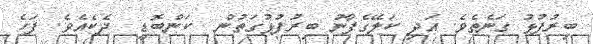
ބިރުފުޅު ގަނެތެވެ. އަދި ކަލޭގެފާނު ބިރުފުޅުގަތުން  ކަންބޮޑީ  ދެކެއެވެ. ފަހެ